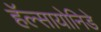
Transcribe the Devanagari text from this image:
हॅल्सायोनिडे